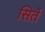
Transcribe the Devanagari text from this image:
सिर्ते